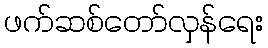
ဖက်ဆစ်တော်လှန်ရေး